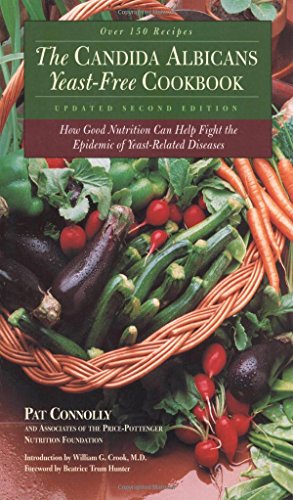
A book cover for The Candida Albican Yeast-Free Cookbook : How Good Nutrition Can Help Fight the Epidemic of Yeast-Related Diseases; Pat Connolly; Health, Fitness & Dieting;